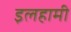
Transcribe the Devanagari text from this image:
इलहामी